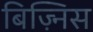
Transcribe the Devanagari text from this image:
बिज़्निस